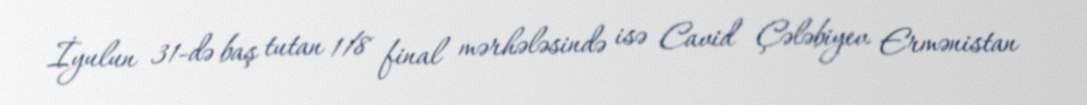
İyulun 31-də baş tutan 1/8 final mərhələsində isə Cavid Çələbiyev Ermənistan